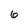
Character: 6